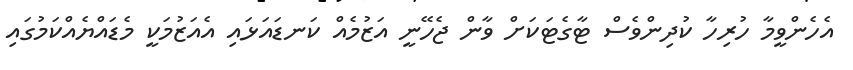
އެހެންވީމާ ހުރިހާ ކުދިންވެސް ޓާގެޓަކަށް ވާން ޖެހޭނީ އަޒުމެއް ކަނޑައަޅައި އެއަޒުމަކީ މެޑައްޔެއްކަމުގައި